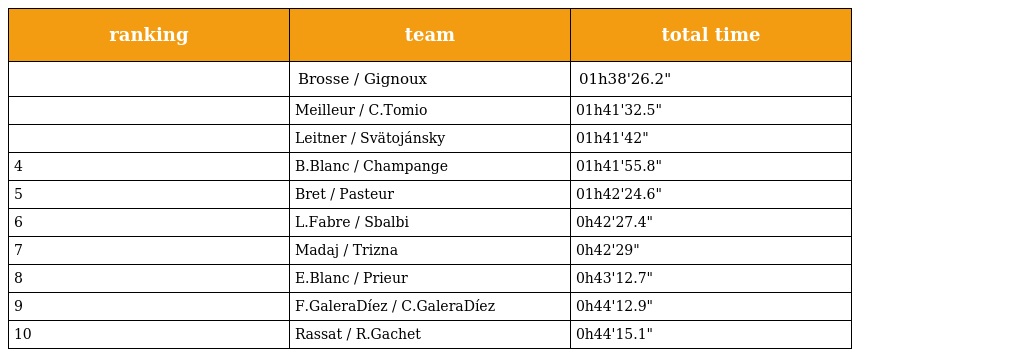
| ranking | team | total time |
 | --- | --- | --- |
 |  | Brosse / Gignoux | 01h38'26.2" |
 |  | Meilleur / C.Tomio | 01h41'32.5" |
 |  | Leitner / Svätojánsky | 01h41'42" |
 | 4 | B.Blanc / Champange | 01h41'55.8" |
 | 5 | Bret / Pasteur | 01h42'24.6" |
 | 6 | L.Fabre / Sbalbi | 0h42'27.4" |
 | 7 | Madaj / Trizna | 0h42'29" |
 | 8 | E.Blanc / Prieur | 0h43'12.7" |
 | 9 | F.GaleraDíez / C.GaleraDíez | 0h44'12.9" |
 | 10 | Rassat / R.Gachet | 0h44'15.1" |